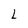
Character: L